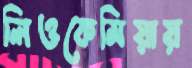
লিওকেমিয়ায়